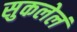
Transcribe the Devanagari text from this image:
सुकलेलं